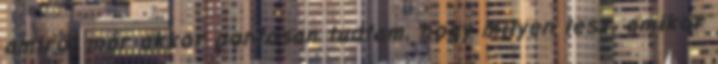
amiről már akkor pontosan tudtam, hogy milyen lesz, amikor